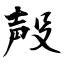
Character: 殸